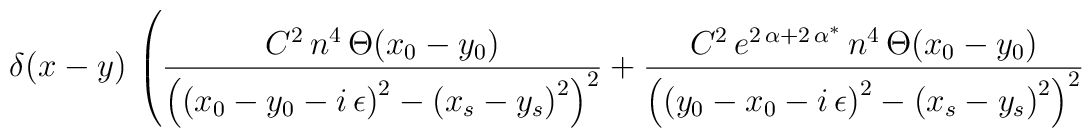
\delta (x-y)\, \left( \frac{C^{2}\, n^{4}\, \Theta (x_{0}-y_{0})}{\left( \left( x_{0}-y_{0}-i\, \epsilon \right) ^{2}-\left(x_{s}-y_{s}\right) ^{2}\right) ^{2} }+\frac{C^{2}\, e^{2\, \alpha +2\, \alpha ^{*}}\, n^{4}\, \Theta (x_{0}-y_{0})}{\left( \left( y_{0}-x_{0}-i\,\epsilon \right) ^{2}-\left( x_{s}-y_{s}\right) ^{2}\right) ^{2}} \right.